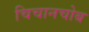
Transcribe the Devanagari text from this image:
चिचानचोब